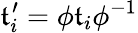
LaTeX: {\mathfrak{t}_{i}^{\prime}=\phi\mathfrak{t}_{i}\phi^{-1}}